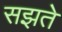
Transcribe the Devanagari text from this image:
सझते